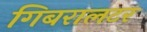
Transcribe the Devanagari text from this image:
गिबरालटर